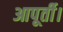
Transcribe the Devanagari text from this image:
आपूर्ती।